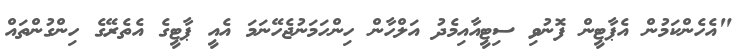
"އެހެންކަމުން އެޕާޓީން ފޮނުވި ސިޓީއާއިމެދު އަލްހާން ހިންހަމަނުޖެހޭނަމަ އެއީ ޕާޓީގެ އެތެރޭގެ ހިންގުންތައް